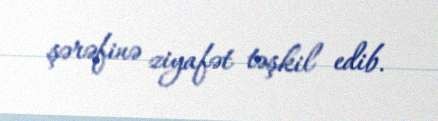
şərəfinə ziyafət təşkil edib.